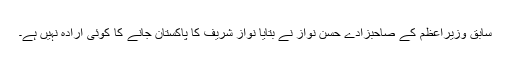
سابق وزیراعظم کے صاحبزادے حسن نواز نے بتایا نواز شریف کا پاکستان جانے کا کوئی ارادہ نہیں ہے۔